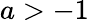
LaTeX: a>-1